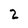
Character: 2